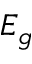
E _ { g }